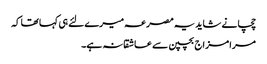
چچا نے شاید یہ مصرعہ میرے لئے ہی کہا تھا کہ
مرا مزاج بچپن سے عاشقانہ ہے۔